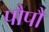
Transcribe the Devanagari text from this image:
पौपौ